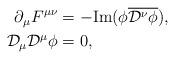
LaTeX: \begin{align*}\begin{aligned}\partial_\mu F^{\mu\nu} &= -\textrm{Im}(\phi \overline{\mathcal D^\nu\phi}), \\\mathcal D_\mu\mathcal D^\mu\phi &= 0,\end{aligned}\end{align*}